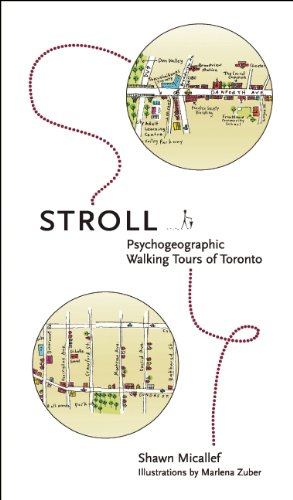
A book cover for Stroll: Psychogeographic Walking Tours of Toronto; Shawn Micallef; Travel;